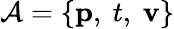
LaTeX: \mathcal{A}=\left\{ \textbf{p},~t,~\textbf{v}\right\}